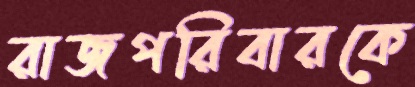
রাজপরিবারকে